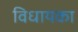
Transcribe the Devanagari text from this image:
विधायका